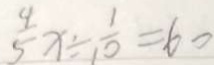
\frac { 4 } { 5 } x \div \frac { 1 } { 1 0 } = 6 0